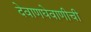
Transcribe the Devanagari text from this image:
देवाणघेवाणीची